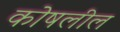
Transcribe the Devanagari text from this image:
कोषलील